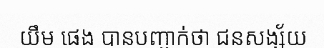
យឹម ផេង បានបញ្ជាក់ថា ជនសង្ស័យ